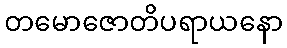
တမောဇောတိပရာယနော